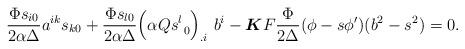
LaTeX: \begin{align*}\frac{\Phi s_{i0}}{2\alpha \Delta}a^{ik}s_{k0}+\frac{\Phi s_{l0}}{2\alpha \Delta}\Big(\alpha Qs^l_{\ 0}\Big)_{.i}\ b^i-\boldsymbol{K}F\frac{\Phi}{2\Delta}(\phi -s\phi')(b^2-s^2)=0.\end{align*}